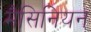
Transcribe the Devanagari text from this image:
मैसिनियन